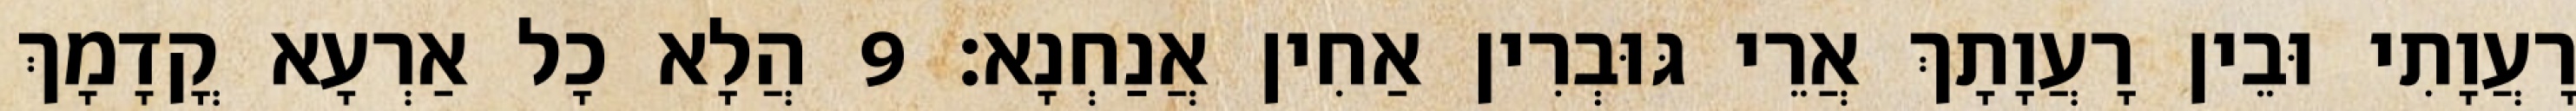
רָעֲוָתִי וּבֵין רָעֲוָתָךְ אֲרֵי גּוּבְרִין אַחִין אֲנַחְנָא׃ 9 הֲלָא כָל אַרְעָא קֳדָמָךְ